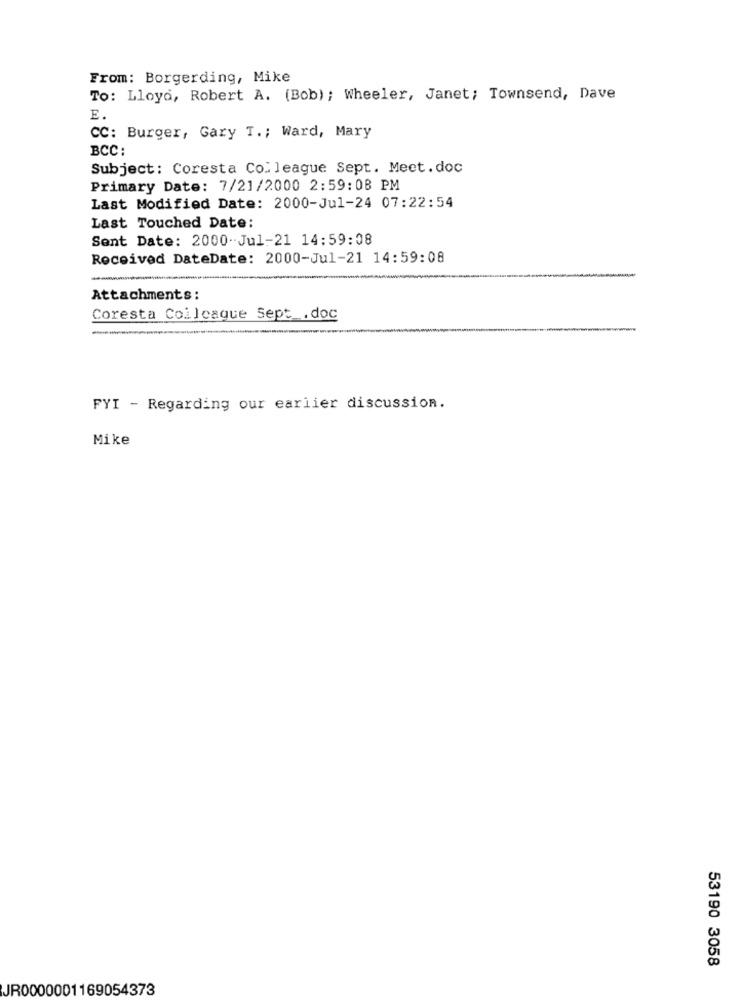
From: Borgerding, Mike
To: Lloyd, Robert A. (Bob) ; Wheeler, Janet; Townsend, Dave
E.
CC: Burger, Gary T .; Ward, Mary
BCC:
Subject: Coresta Colleague Sept. Meet.doc
Primary Date: 7/21/2000 2:59:08 PM
Last Modified Date: 2000-Jul-24 07:22:54
Last Touched Date:
Sent Date: 2000-Jul-21 14:59:08
Received DateDate: 2000-Jul-21 14:59:08
Attachments:
Coresta Coilcaque Sept .doc
-
FYI - Regarding our earlier discussion.
Mike
53190 3058
JR0000001169054373